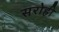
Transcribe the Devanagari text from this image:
सरोही